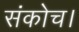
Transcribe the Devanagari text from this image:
संकोच।